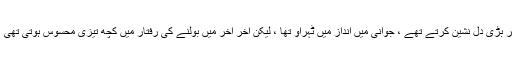
مولانا اپنے والد ماجد حضرت حکیم الاسلام علیہ الرحمۃ کے حقیقی جانشین واقع ہوئے تھے ، تقریر بڑی دل نشین کرتے تھے ، جوانی میں انداز میں ٹہراؤ تھا ، لیکن آخر آخر میں بولنے کی رفتار میں کچھ تیزی محسوس ہوتی تھی ، لیکن علم و حکمت کی باتیں وہی ہوا کرتیں ، فصاحت و سلاست میں بھی وہی حسن پایا جاتا تھا ۔